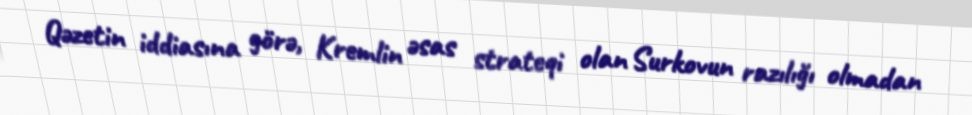
Qəzetin iddiasına görə, Kremlin əsas strateqi olan Surkovun razılığı olmadan